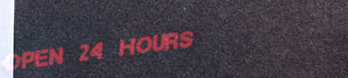
Open 24 Hours